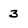
Character: 3